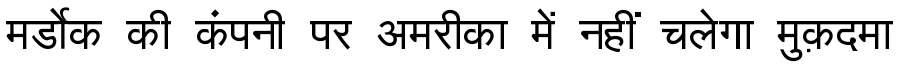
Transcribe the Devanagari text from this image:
मर्डोक की कंपनी पर अमरीका में नहीं चलेगा मुक़दमा